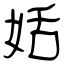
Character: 姡